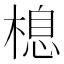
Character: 㮩